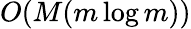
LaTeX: O(M(m\log m))